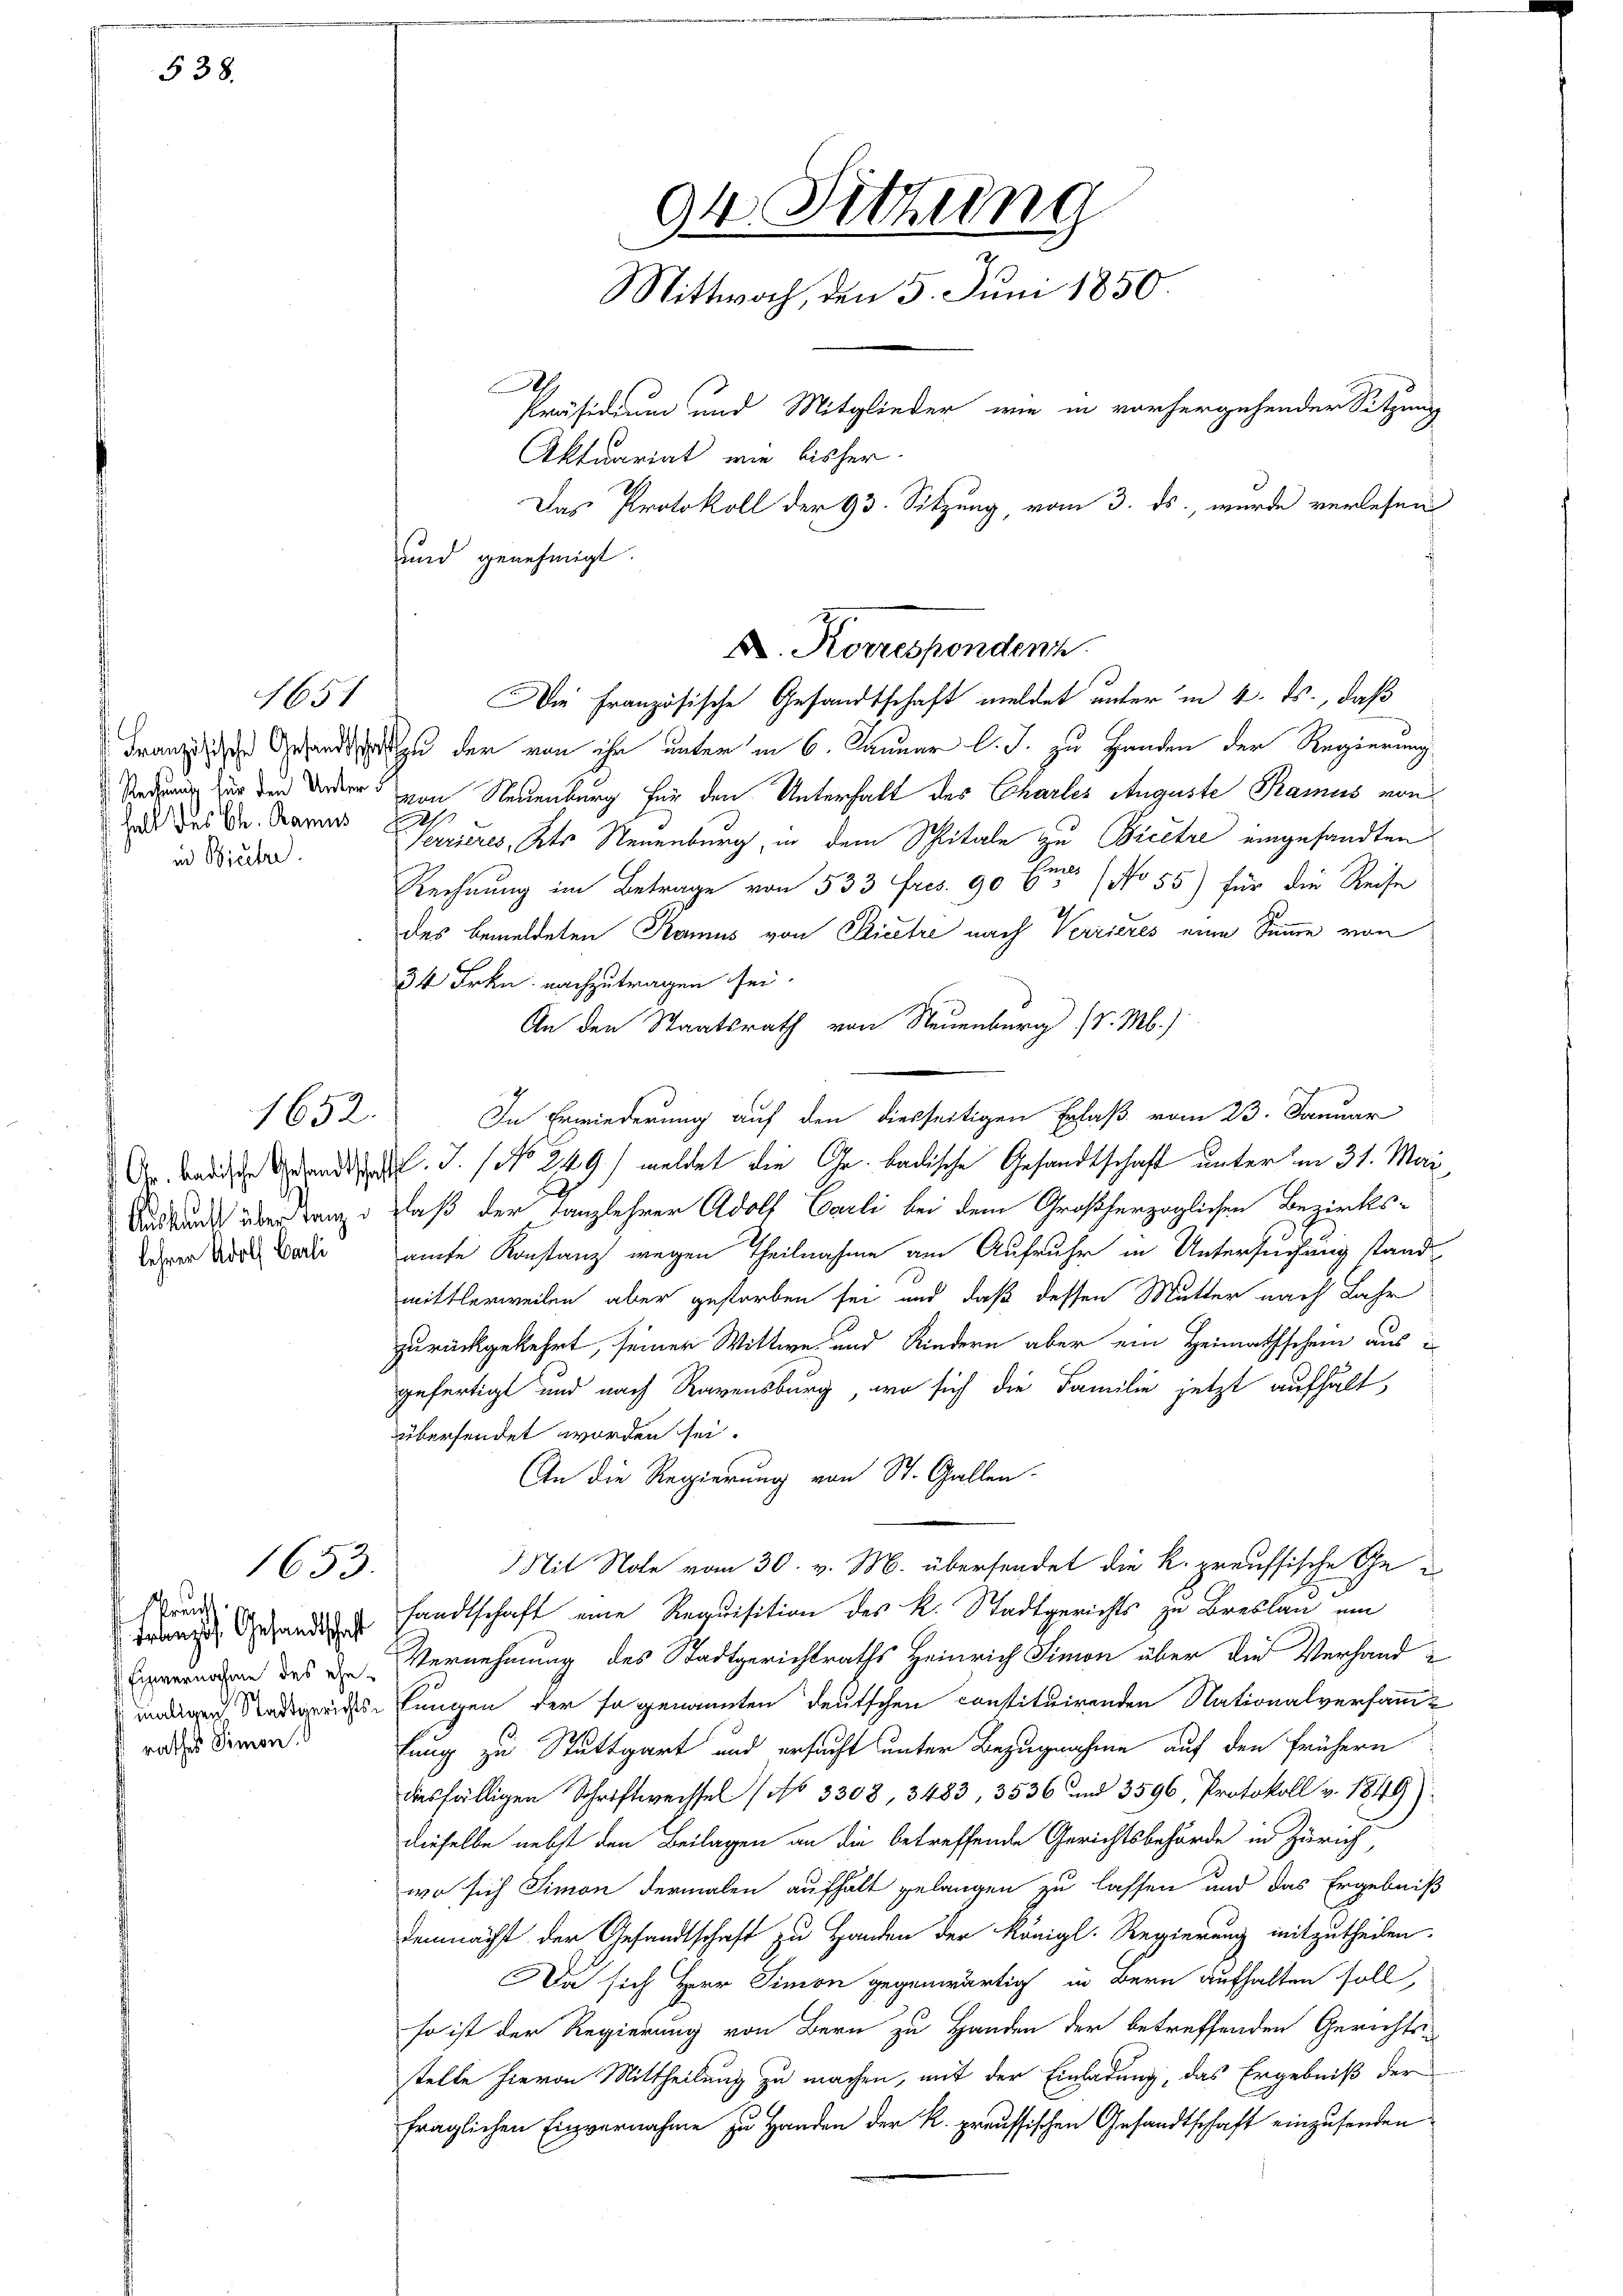
538.

Fall des Ch. Banus
in Bieter.

Auskauft über Tanz
lehrer Adolf Carli

sprucht.
Französ. Gesandtschaft
maligen Stadtgerichtsrathes Simon.

1651

1652.

1653.

Die Französische Gesandtschaft meldet unter in 4. ds., daß
Franz dich Gesandsatz der von ihr unter in 6. Januar l. J. zu Handen der Regierung
Sedung für den der von Neuenburg für den Unterhalt des Charles Auguste Kamus von
s
Verrieres, Kts Neuenburg, in dem Spitale zu Breitre eingesandten
Rechnung im Betrage von 533 fres. 90 (nr No 55) für die Reise
des bemeldeten Kamus von Licitre nach Verrieres eine Summe von
34 Frkn. nachzutragen sei.
An den Staatsrath von Neuenburg (d. M.)
Dr. Bade d. J. No 249) meldet die Gr. badische Gesandtschaft unter am 31. Mai
daß der Tanzlehrer Adolf Carli bei dem Großherzoglichen Bezirks-
amte Konstanz wegen Theilnahme am Aufruhr in Untersuchung stand
mittlerweilen aber gestorben sei und daß dessen Mutter nach Jahr
zurückgekehrt, seiner Wittwe und Kindern aber ein Heimathschein aus i
gefertigt und nach Ravensburg, wo sich die Familie jetzt aufhält,
übersendet worden sei.
An die Regierung von St. Gallen.
Mit Note vom 30. v. M. übersendet die k. preussische Gesandtschaft eine Requisition des R. Stadtgerichts zu Breslau um
Envernahme des Vernehmung des Stadtgerichtraths Heinrich Simon über die Verhand¬
Lungen der so genannten deutschen constituirenden Nationalversamm-
fung zu Stuttgart und ersucht unter Bezugnahme auf den frühern
diesfälligen Schriftwechsel No 3308, 3483, 3536 und 3596, Protokoll v. 1849)
dieselbe nebst den Beilagen an die betreffende Gerichtsbehörde in Zürich,
wo sich Simon dermalen aufhalt gelangen zu lassen und das Ergebniß
demnächst der Gesandtschaft zu Handen der Königl. Regierung mitzutheilen.
Da sich Herr Simon gegenwärtig in Bern aufhalten soll,
so ist der Regierung von Bern zu Handen der betreffenden Gerichts-
stelle hievon Mittheilung zu machen, mit der Einladung, das Ergebniß der
fraglichen Einvernahme zu Handen der K. preussischen Gesandtschaft einzusenden

94. Sitzung
Mittwoch, den 5. Juni 1850
.
Präsidium und Mitglieder wie in vorhergehender Sitzung
Aktuariat wie bisher.
Das Protokoll der 93. Sitzung, vom 3. ds., wurde verlesen
und genehmigt.

X. Korrespondenz

In Erwiederung auf den diesseitigen Erlaß vom 23. Januar